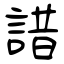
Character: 諎